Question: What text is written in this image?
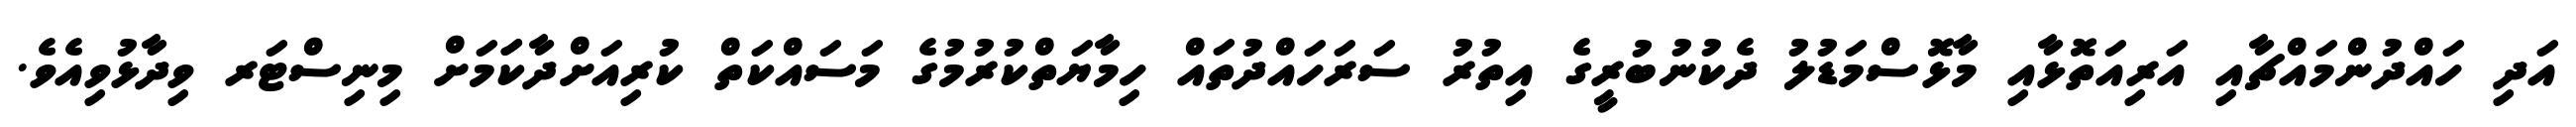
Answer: އަދި ހައްދުންމައްޗާއި އަރިއަތޮޅާއި މާޅޮސްމަޑުލު ދެކުނުބުރީގެ އިތުރު ސަރަހައްދުތައް ހިމާޔަތްކުރުމުގެ މަސައްކަތް ކުރިއަށްދާކަަމަށް މިނިސްޓަރ ވިދާޅުވިއެވެ.